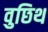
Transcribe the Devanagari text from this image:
वुछिथ